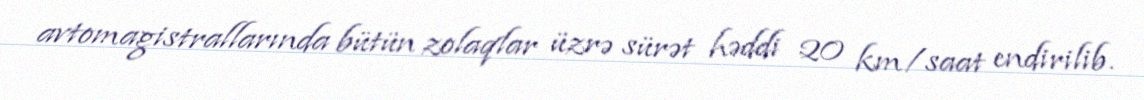
avtomagistrallarında bütün zolaqlar üzrə sürət həddi 20 km/saat endirilib.